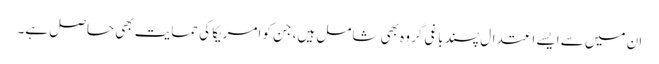
ان میں سے ایسے اعتدال پسند باغی گروہ بھی شامل ہیں، جن کو امریکا کی حمایت بھی حاصل ہے۔